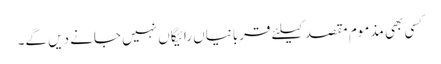
کسی بھی مذموم مقصد کیلئے قربانیاں رائیگاں نہیں جانے دیں گے۔